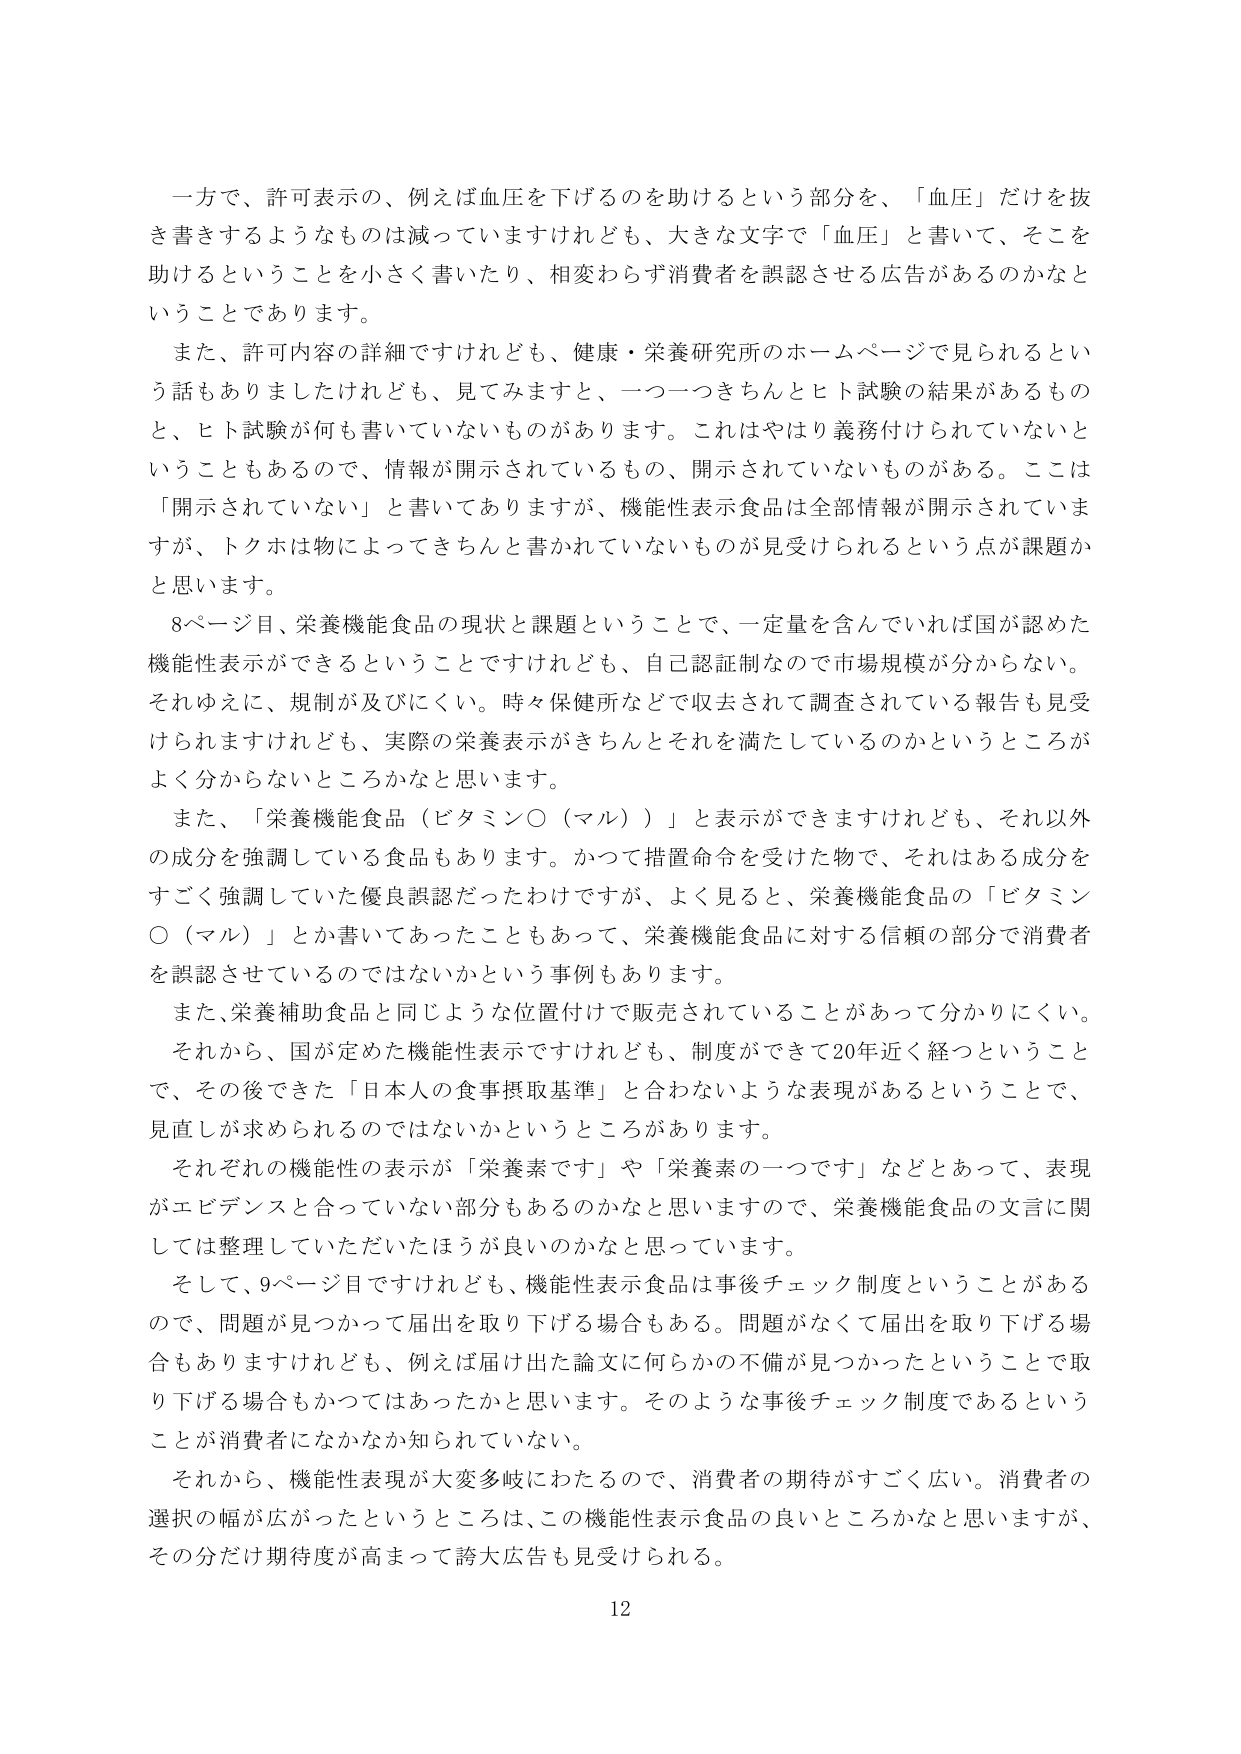
一方で、許可表示の、例えば血圧を下げるのを助けるという部分を、「血圧」だけを抜き書きするようなものは減っていきますけれども、大きな文字で「血圧」と書いて、そこを助けるということを小さく書いたり、相変わらず消費者を誤認させる広告があるのかなということです。

また、許可内容の詳細ですけれども、健康・栄養研究所のホームページで見られるという話もありましたけれども、見てみますと、一つ一つきちんとヒト試験の結果があるものと、ヒト試験が何も書いていないものがあります。これはやはり義務付けられていないということもあるので、情報が開示されているもの、開示されていないものがある。ここは「開示されていない」と書いてありますが、機能性表示食品は全部情報が開示されていますが、トクホは物によってきちんと書かれていないものが見受けられるという点が課題かと思います。

8ページ目、栄養機能食品の現状と課題ということで、一定量を含んでいれば国が認めた機能性表示ができるということですけれども、自己認証制なので市場規模が分からない。それゆえに、規制が及びにくい。時々保健所などで収去されて調査されている報告も見受けられますけれども、実際の栄養表示がきちんとそれを満たしているのかというところがよく分からないところかなと思います。

また、「栄養機能食品（ビタミン○（マル））」と表示ができますけれども、それ以外の成分を強調している食品もあります。かつて措置命令を受けた物で、それはある成分をすごく強調していた優良誤認だったわけですが、よく見ると、栄養機能食品の「ビタミン○（マル）」とか書いてあったこともあって、栄養機能食品に対する信頼の部分で消費者を誤認させているのではないかという事例もあります。

また、栄養補助食品と同じような位置付けで販売されていることがあって分かりにくい。それから、国が定めた機能性表示ですけれども、制度ができて20年近く経つということで、その後できた「日本人の食事摂取基準」と合わないような表現があるということで、見直しが求められるのではないかというところがあります。

それぞれの機能性の表示が「栄養素です」や「栄養素の一つです」などとあって、表現がエビデンスと合っていない部分もあるのかなと思いますので、栄養機能食品の文言に関しては整理していただいたほうが良いのかなと思っています。

そして、9ページ目ですけれども、機能性表示食品は事後チェック制度ということがあるので、問題が見つかって届出を取り下げる場合もある。問題がなくて届出を取り下げる場合もありますけれども、例えば届け出た論文に何らかの不備が見つかったということで取り下げる場合もかつてはあったかと思います。そのような事後チェック制度であるということが消費者になかなか知られていない。

それから、機能性表現が大変多岐にわたるので、消費者の期待がすごく広い。消費者の選択の幅が広がったというところは、この機能性表示食品の良いところかなと思いますが、その分だけ期待度が高まって誇大広告も見受けられる。

12